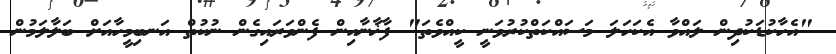
"އެހާކުޑަކުދިން ލައްވާ އެކަހަލަ މަސައްކަތްކުރުވަނީ ކީއްވެތަ" ފާޚާނާއިން ފެންވަރައިގެން ނުކުތް އަނބިމީހާއަށް ބަލާލަމުން